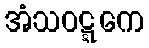
အံသဝဋ္ဋကေ